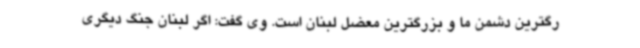
رگترین دشمن ما و بزرگترین معضل لبنان است. وی گفت: اگر لبنان جنگ دیگری